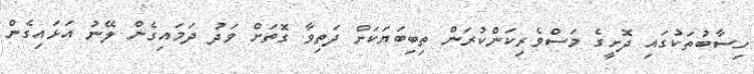
ހިސާބުތަކުގައި ދޮށީގެ މަސްވެރިކަންކުރަން ތިބިބަޔަކަށް ދަތިވާ ގޮތަށް ވަދު ދަމައިގެން ލޭނު އަޅައިގެން